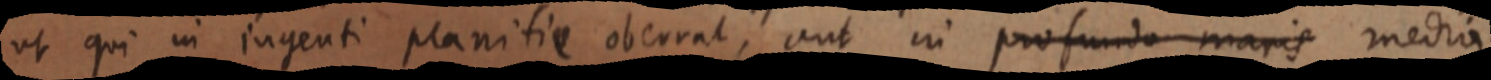
ut qui in ingenti planitie oberrat, aut in profundo maris media